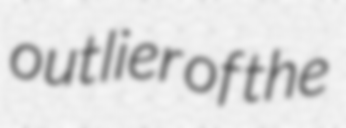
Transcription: outlier of the